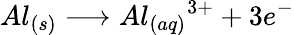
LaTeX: Al_{(s)}\longrightarrow Al_{(aq)}{^{3+}}+3e^{-}